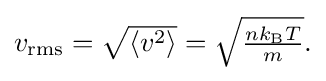
{\textstyle v_{\text{rms}}={\sqrt {\langle v^{2}\rangle }}={\sqrt {\frac {nk_{\text{B}}T}{m}}}.}